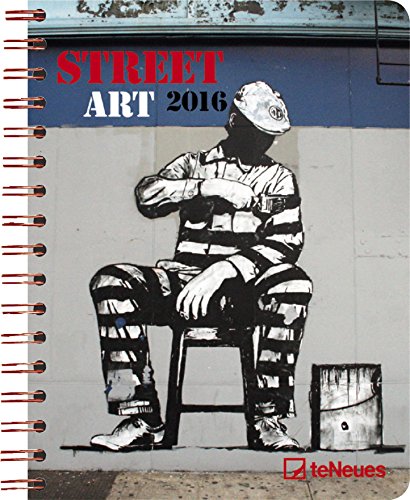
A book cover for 2016 Street Art Deluxe Engagement Calendar; teNeues Publishing; Calendars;